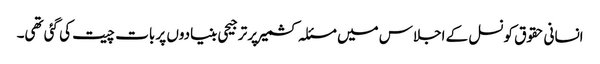
انسانی حقوق کونسل کے اجلاس میں مسئلہ کشمیر پر ترجیحی بنیادوں پر بات چیت کی گئی تھی۔